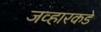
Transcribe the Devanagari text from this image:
जव्हारकडे